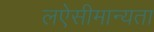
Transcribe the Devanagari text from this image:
लऐसीमान्यता